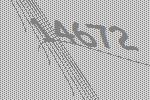
14672